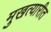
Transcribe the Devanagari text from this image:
मुखत्यारीत